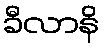
ခီလာနိ